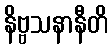
နိဗ္ဗသနာနီတိ